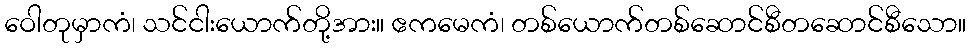
ဝေါတုမှာကံ၊ သင်ငါးယောက်တို့အား။ ဧကမေကံ၊ တစ်ယောက်တစ်ဆောင်စီတဆောင်စီသော။